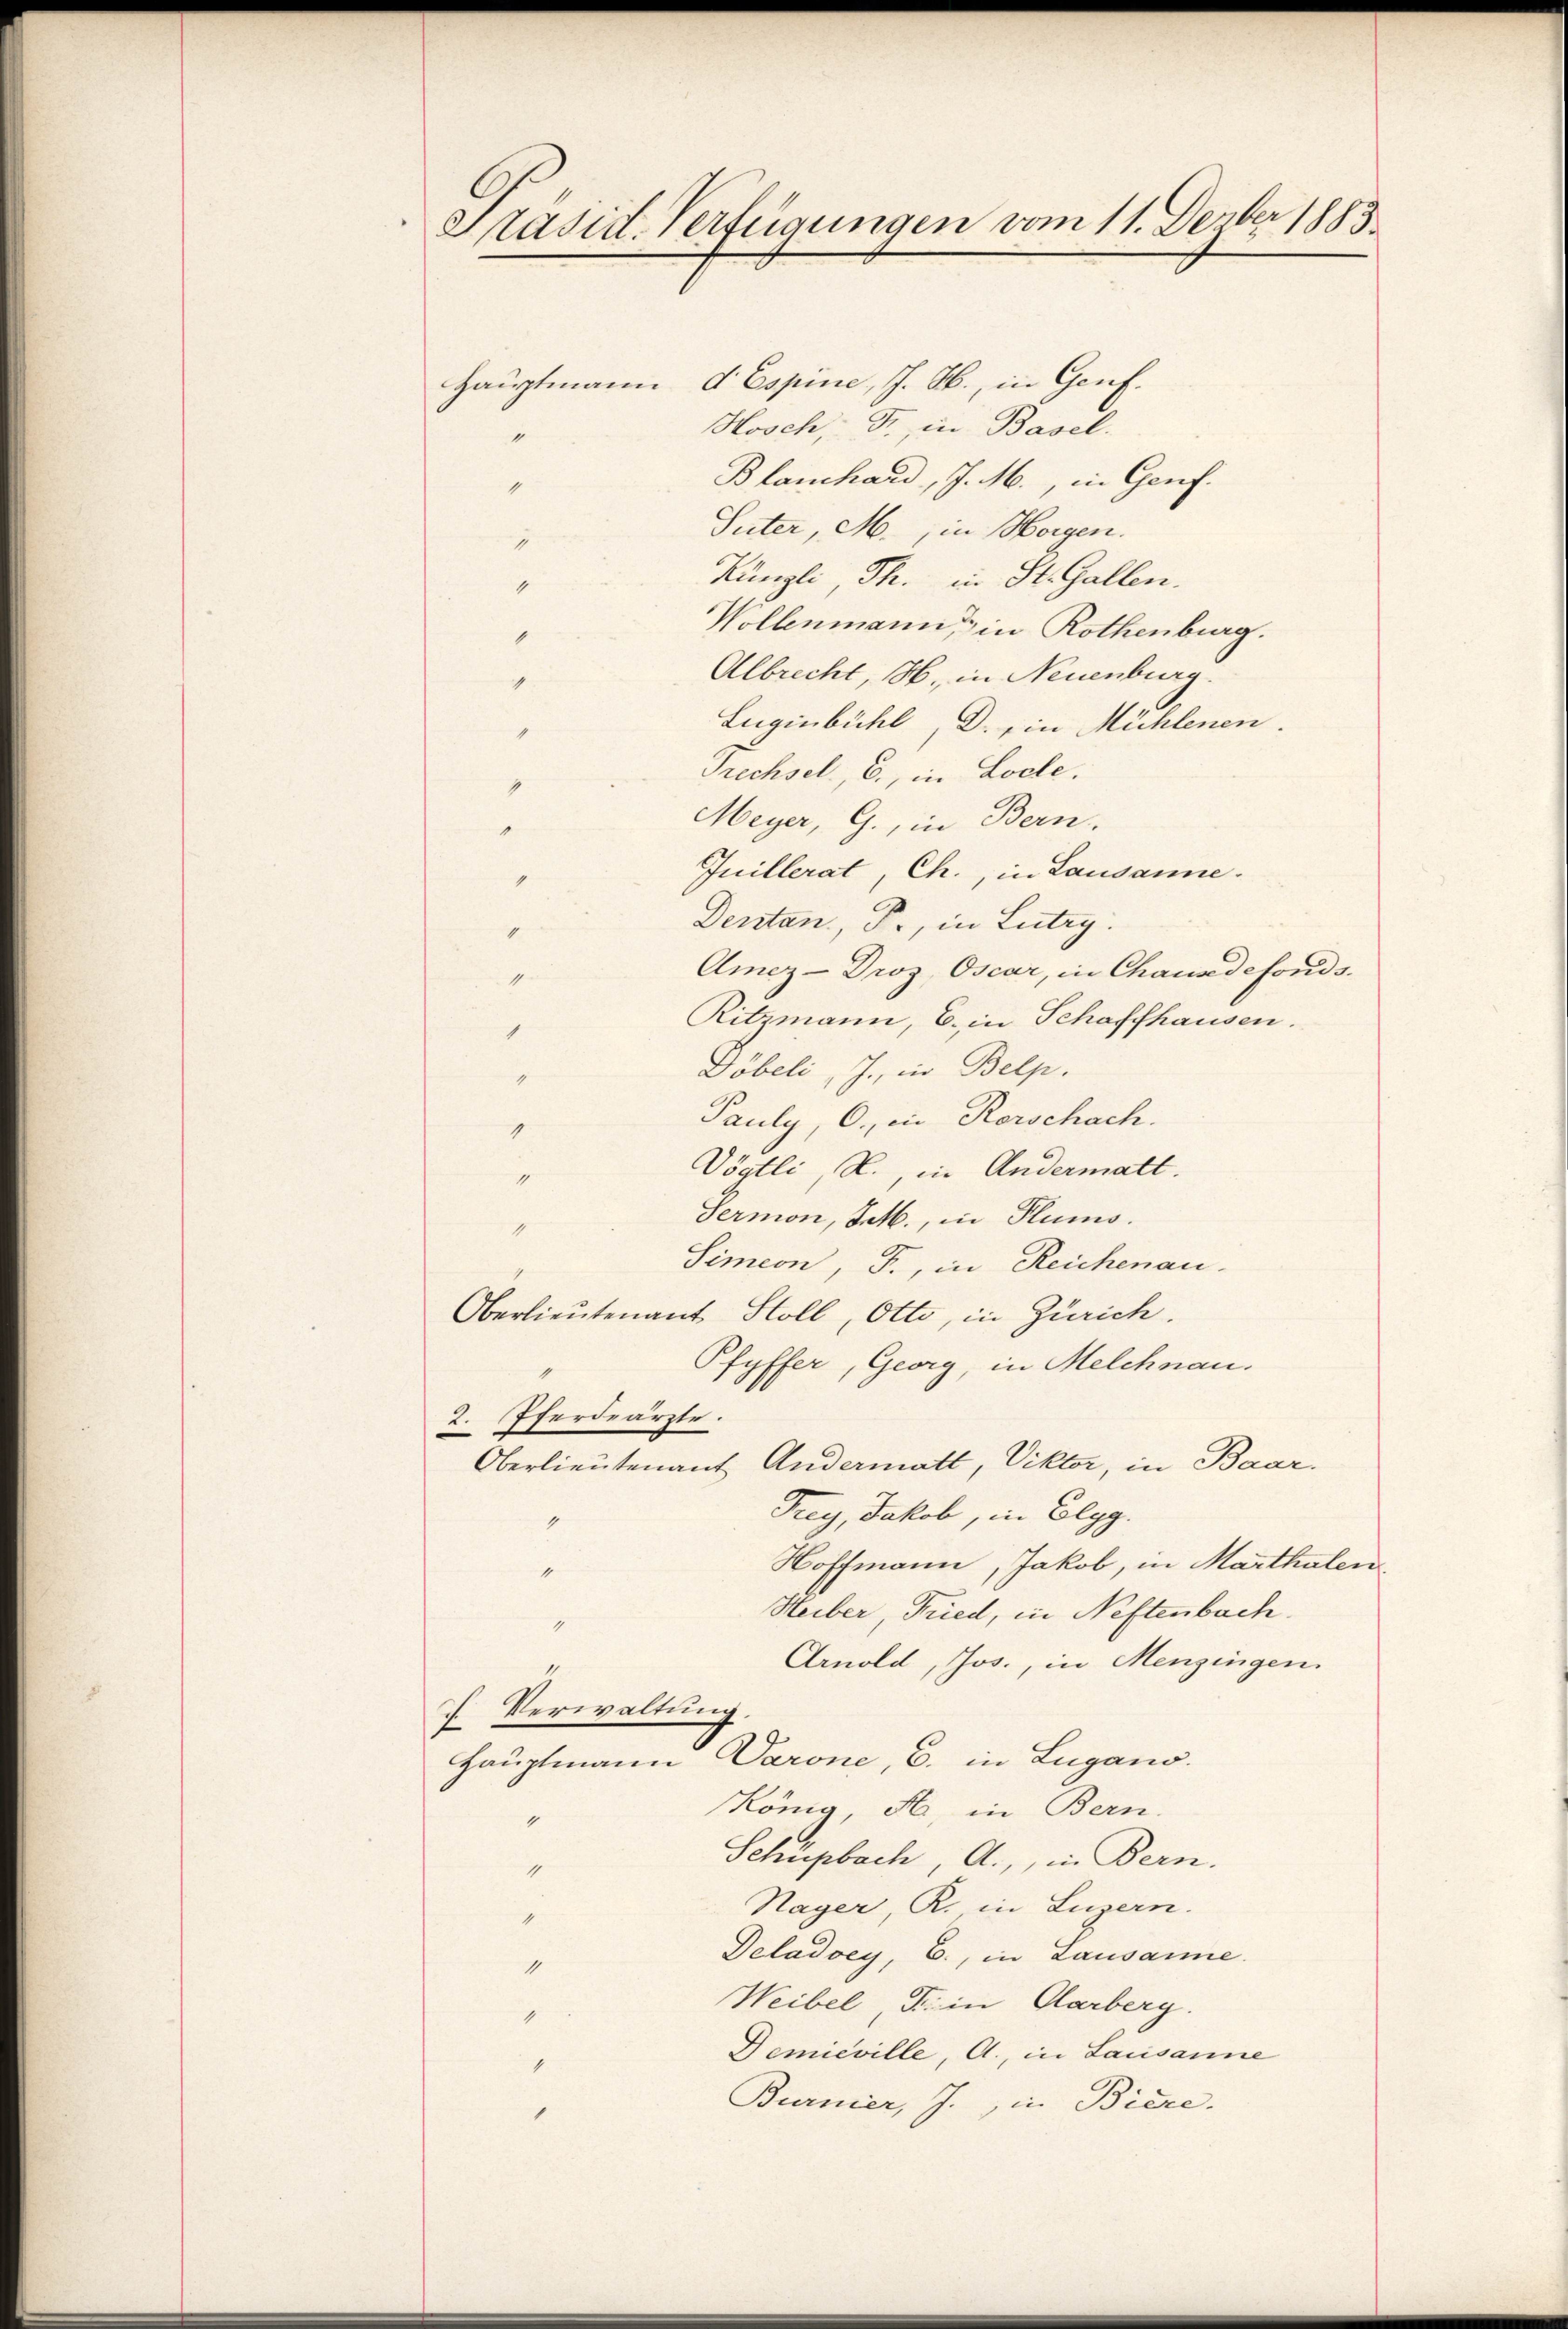
Präsid. Verfügungen vom 11. Dember 1883.

Hauptmann d Espine, J. M., in Genf.
Hosch, Fr., in Basel.
Blanchard, J. M., in Genf.
4
Suter, M., in Horgen.
1
Künzli Th. in St. Gallen.
1
Wollenmann, in Rothenburg.
1
Albrecht, H. in Neuenburg.
4
Luginbühl, D. ein Mühlenen.
1
Frechsel, E., in Loche.
4
Meyer, G., in Bern.
"
Juillerat, Ch., in Lausanne.
“
Denstan, P., in Lutry.
1
Amez-Droz. Oscar, in Chausedefonds.
.
Ritzmann, b. in Schaffhausen.
1
Döbeli, J., in Belp.
g
Pauly, C., in Kerschach.
.
Vögtli N., in Andermatt.
e
Sermon, Jeh., in Plums.
4
Simeon, F., in Reichenau.
Oberlieutenant Stoll, Otto, in Zürich.
Pfyffer, Georg, in Melchnau.
2. Pferdearzte.
Oberlieutenant Andermatt, Viktor, in Baar.
Frey, Jakob, in Elgg.
1
Hoffmann, Jakob, in Marthalen
4
Heiber, Fried, in Neftenbach.
4
Arnold, Jos., in Menzingen.
7
 Verwaltung.
Hauptmann Darone, C. in Lugano.
König, H. in Bern.
1
Schüpbach, A., in Bern.
4
Nager, R. in Luzern.
1
Deladoey, E., in Lausanne.
1
Weibel, Fr. in Aarberg.
1
Demieville, A., in Lausanne
1
Burnier, J., in Biere.

“